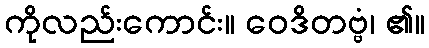
ကိုလည်းကောင်း။ ဝေဒိတဗ္ဗံ၊ ၏။